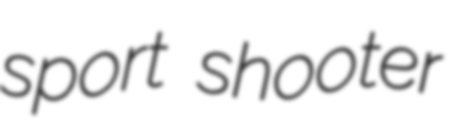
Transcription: sport shooter